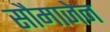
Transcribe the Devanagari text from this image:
सौमाजेन